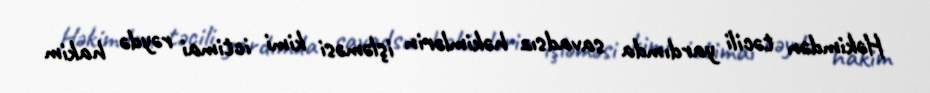
Həkimdən təcili yardımda savadsız həkimlərin işləməsi kimi ictimai rəydə hakim